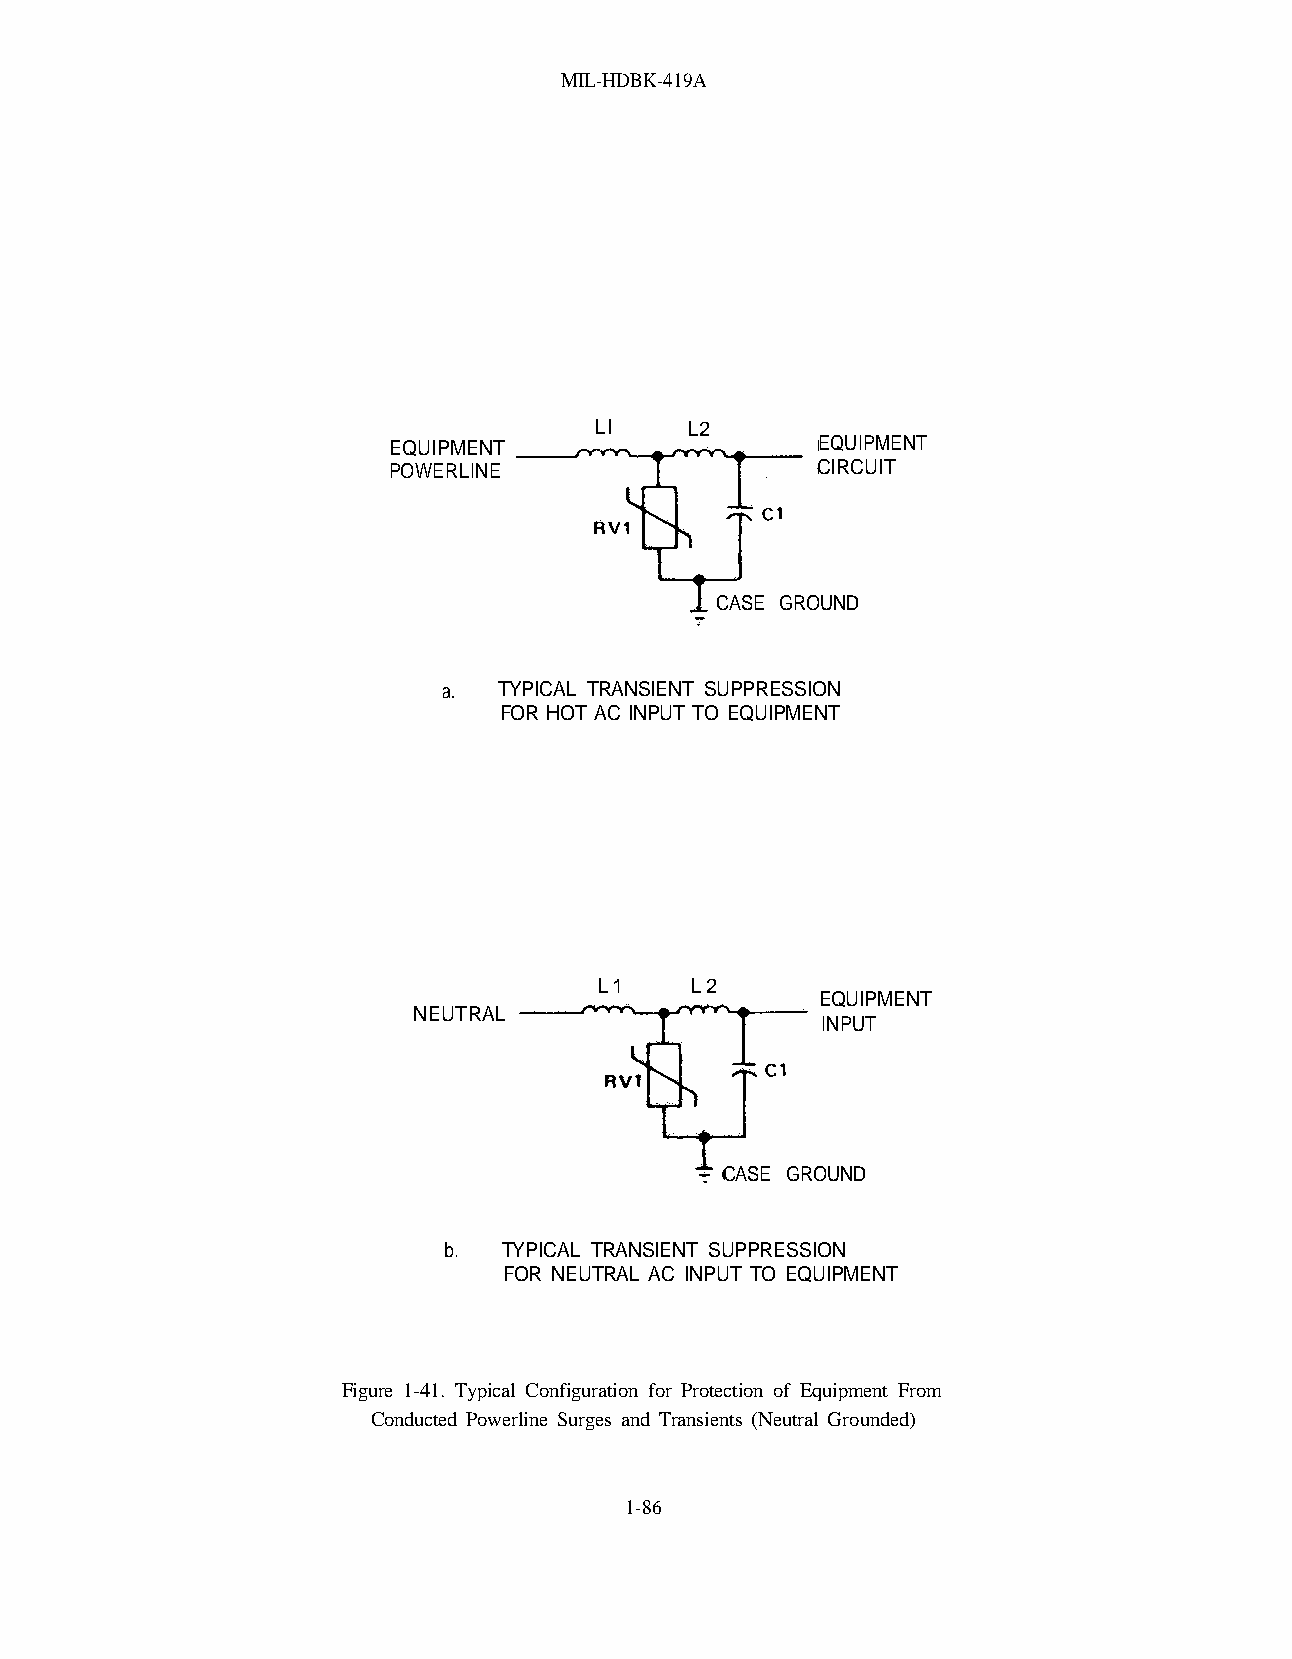
MIL-HDBK-419A
 Ll    L2
 EQUIPMENT                   EQUIPMENT
 POWERLINE                   ClRCUIT
 CASE GROUND
 a.  TYPICAL TRANSIENT SUPPRESSION
 FOR HOT AC INPUT TO EQUIPMENT
 L1     L2
 EQUIPMENT
 NEUTRAL
 INPUT
 CASE GROUND
 b.  TYPICAL TRANSIENT SUPPRESSION
 FOR NEUTRAL AC INPUT TO EQUIPMENT
 Figure 1-41. Typical Configuration for Protection of Equipment From
 Conducted Powerline Surges and Transients (Neutral Grounded)
 1-86